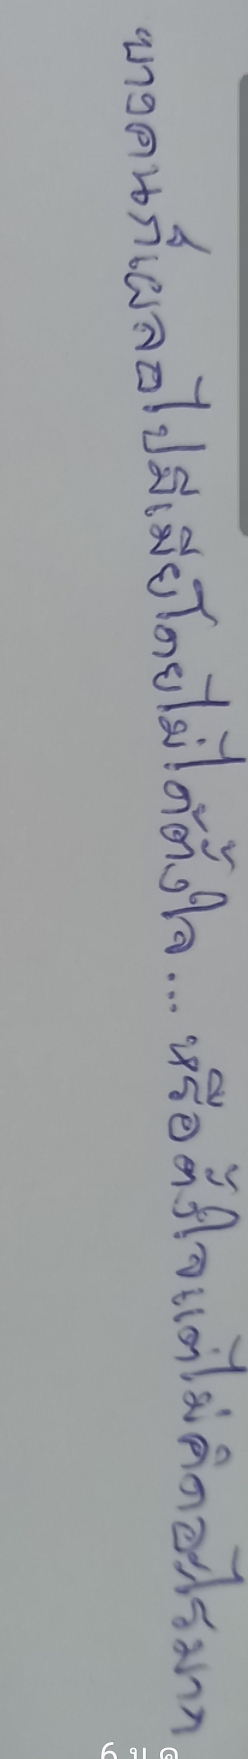
บางคนก็เผลอไปมีเมียโดยไม่ได้ตั้งใจ...หรือตั้งใจแต่ไม่คิดอะไรมาก